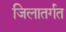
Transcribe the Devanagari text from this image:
जिलातर्गत